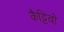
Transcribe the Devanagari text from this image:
कैट्टिवो